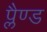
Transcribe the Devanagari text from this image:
प्लैण्ड